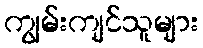
ကျွမ်းကျင်သူများ